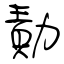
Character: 勣